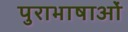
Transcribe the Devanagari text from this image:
पुराभाषाओं